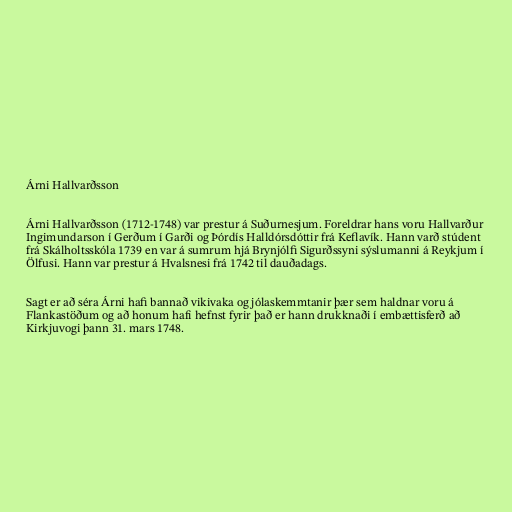
Árni Hallvarðsson

Árni Hallvarðsson (1712-1748) var prestur á Suðurnesjum. Foreldrar hans voru Hallvarður
Ingimundarson í Gerðum í Garði og Þórdís Halldórsdóttir frá Keflavík. Hann varð stúdent
frá Skálholtsskóla 1739 en var á sumrum hjá Brynjólfi Sigurðssyni sýslumanni á Reykjum í
Ölfusi. Hann var prestur á Hvalsnesi frá 1742 til dauðadags.

Sagt er að séra Árni hafi bannað vikivaka og jólaskemmtanir þær sem haldnar voru á
Flankastöðum og að honum hafi hefnst fyrir það er hann drukknaði í embættisferð að
Kirkjuvogi þann 31. mars 1748.